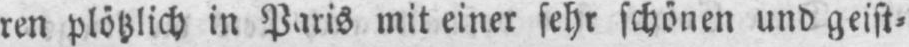
ren plötzlich in Paris mit einer sehr schönen und geist⸗